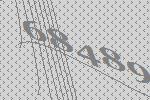
68489